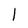
Character: I